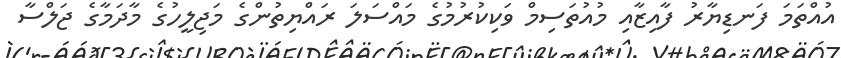
އުއްތަމަ ފަނޑިޔާރު ފާއިޒާއި މުއުތަސިމް ވަކިކުރުމުގެ މައްސަލަ ރައްޔިތުންގެ މަޖިލީހުގެ މާދަމާގެ ޖަލްސާ